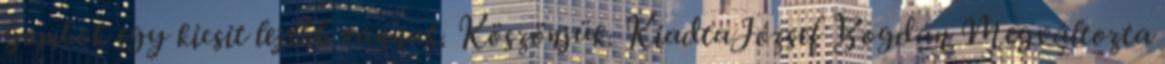
gombok egy kicsit lejebb vannak. Köszönjük. KiadtaJózsef Bogdán Megváltozta